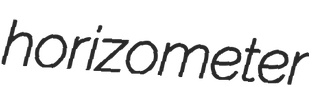
horizometer